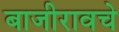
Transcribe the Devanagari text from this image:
बाजीरावचे